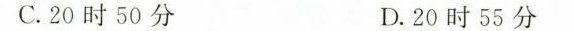
C.20时50分 D.20时55分